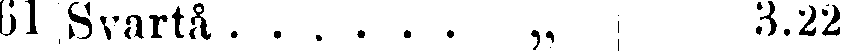
61 Svartå . . . . . . „ 3.22